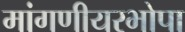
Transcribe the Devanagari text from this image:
मांगणीयरभोपा